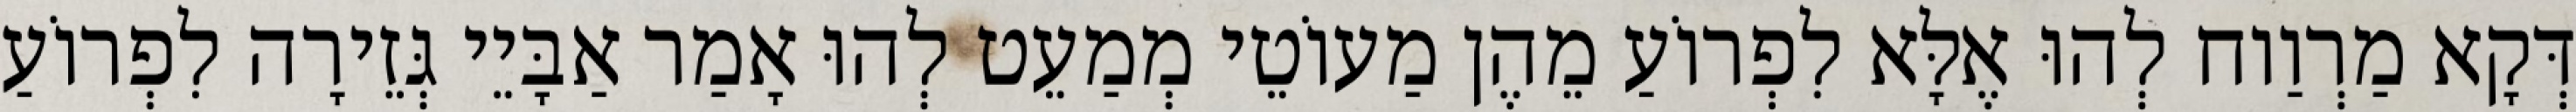
דְּקָא מַרְוַוח לְהוּ אֶלָּא לִפְרוֹעַ מֵהֶן מַעוֹטֵי מְמַעֵט לְהוּ אָמַר אַבָּיֵי גְּזֵירָה לִפְרוֹעַ